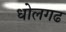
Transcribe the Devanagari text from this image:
धोलगढ